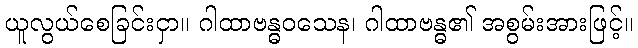
ယူလွယ်စေခြင်းငှာ။ ဂါထာဗန္ဓဝသေန၊ ဂါထာဗန္ဓ၏ အစွမ်းအားဖြင့်။